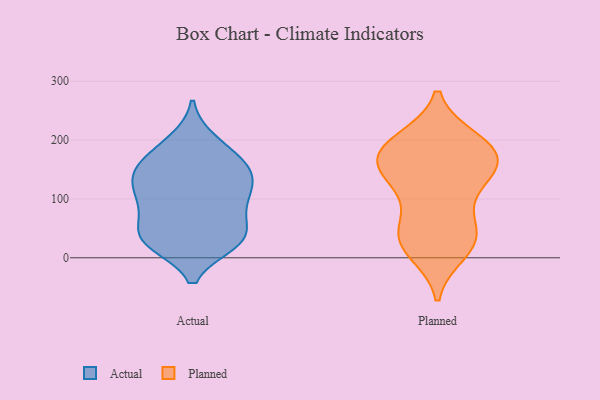
{"axis": {"x": "Humidity (%)", "y": "Value"}, "legend": ["Actual", "Planned"], "data": [{"x": "", "y": 153, "type": "Actual"}, {"x": "", "y": 93, "type": "Actual"}, {"x": "", "y": 199, "type": "Actual"}, {"x": "", "y": 136, "type": "Actual"}, {"x": "", "y": 38, "type": "Actual"}, {"x": "", "y": 102, "type": "Actual"}, {"x": "", "y": 26, "type": "Actual"}, {"x": "", "y": 95, "type": "Actual"}, {"x": "", "y": 191, "type": "Actual"}, {"x": "", "y": 142, "type": "Actual"}, {"x": "", "y": 126, "type": "Actual"}, {"x": "", "y": 31, "type": "Actual"}, {"x": "", "y": 34, "type": "Actual"}, {"x": "", "y": 30, "type": "Actual"}, {"x": "", "y": 164, "type": "Actual"}, {"x": "", "y": 59, "type": "Actual"}, {"x": "", "y": 162, "type": "Actual"}, {"x": "", "y": 88, "type": "Actual"}, {"x": "", "y": 25, "type": "Actual"}, {"x": "", "y": 134, "type": "Actual"}, {"x": "", "y": 182, "type": "Planned"}, {"x": "", "y": 112, "type": "Planned"}, {"x": "", "y": 25, "type": "Planned"}, {"x": "", "y": 128, "type": "Planned"}, {"x": "", "y": 149, "type": "Planned"}, {"x": "", "y": 142, "type": "Planned"}, {"x": "", "y": 24, "type": "Planned"}, {"x": "", "y": 179, "type": "Planned"}, {"x": "", "y": 199, "type": "Planned"}, {"x": "", "y": 168, "type": "Planned"}, {"x": "", "y": 63, "type": "Planned"}, {"x": "", "y": 200, "type": "Planned"}, {"x": "", "y": 40, "type": "Planned"}, {"x": "", "y": 184, "type": "Planned"}, {"x": "", "y": 10, "type": "Planned"}, {"x": "", "y": 158, "type": "Planned"}, {"x": "", "y": 42, "type": "Planned"}]}